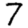
Digit: 7